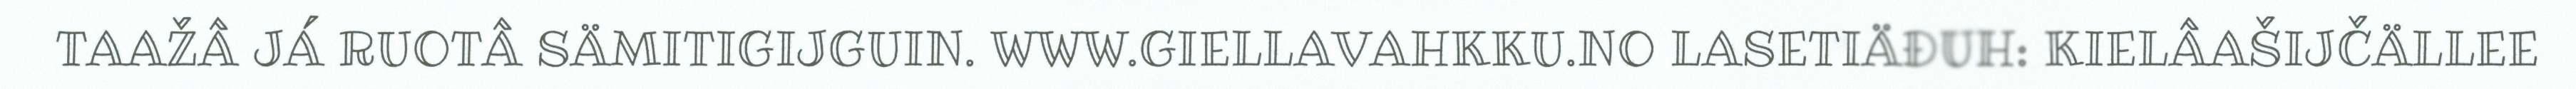
TAAŽÂ JÁ RUOTÂ SÄMITIGIJGUIN. WWW.GIELLAVAHKKU.NO LASETIÄĐUH: KIELÂAŠIJČÄLLEE